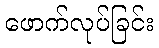
ဖောက်လုပ်ခြင်း